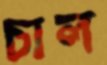
চাল